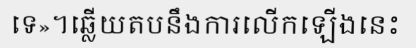
ទេ»។ឆ្លើយតបនឹងការលើកឡើងនេះ